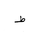
Letter: _da